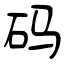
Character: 码